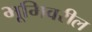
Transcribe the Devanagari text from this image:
भूमिवरील